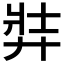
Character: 弉